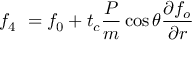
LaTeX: f _ { 4 } \ = f _ { 0 } + t _ { c } \frac { P } { m } \cos \theta \frac { \partial f _ { o } } { \partial r }